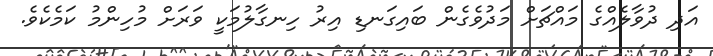
އަދި ދުވާލެއްގެ މައްޗަށް މަދުވެގެން ބައިގަނޑި އިރު ހިނގާލުމަކީ ވަރަށް މުހިންމު ކަމެކެވެ.